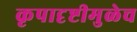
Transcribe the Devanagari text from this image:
कृपादृष्टीमुळेच